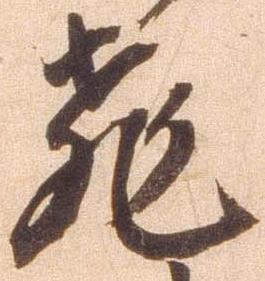
飛